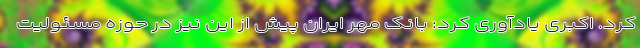
کرد. اکبری یادآوری کرد: بانک مهر ایران پیش از این نیز در حوزه مسئولیت